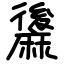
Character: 䵈